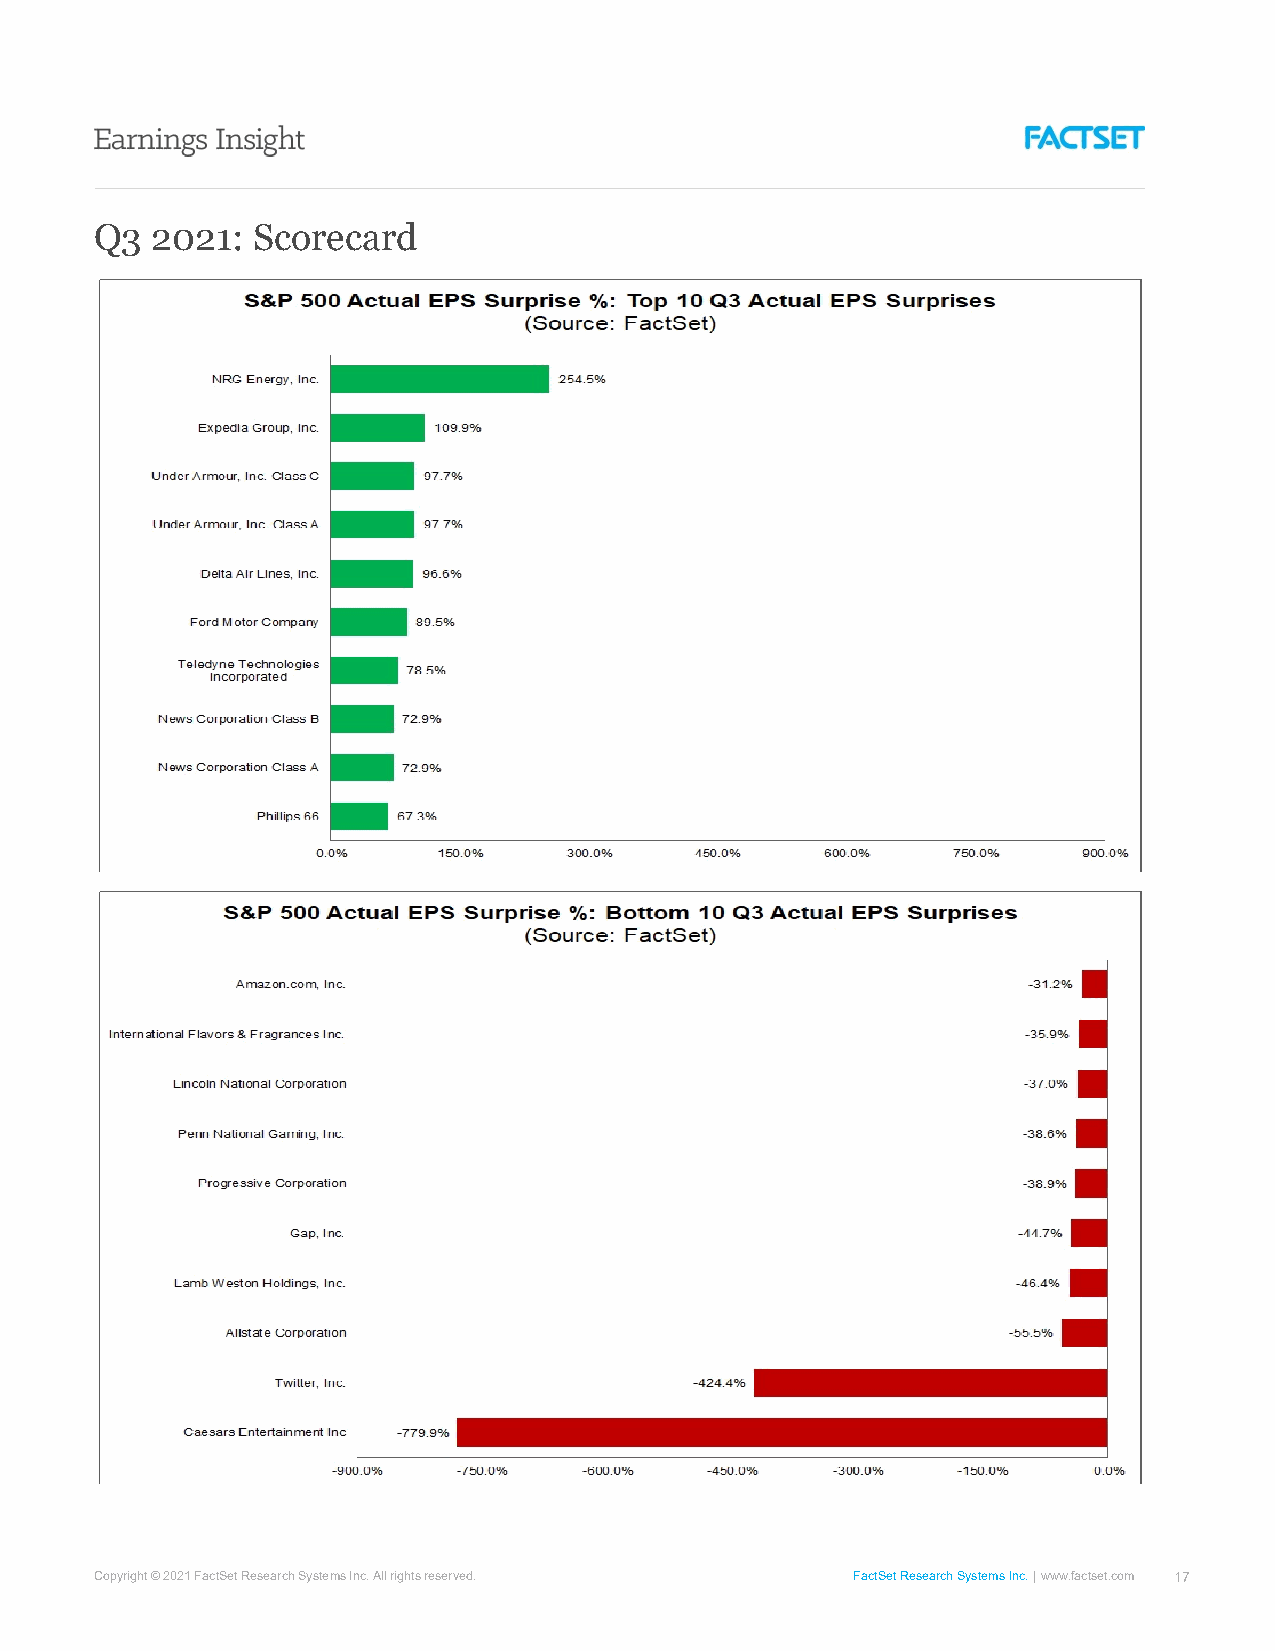
Q3  2021:  Scorecard
 Copyright © 2021 FactSet Research Systems Inc. All rights reserved. FactSet Research Systems Inc. www.factset.com 17